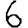
Digit: 6